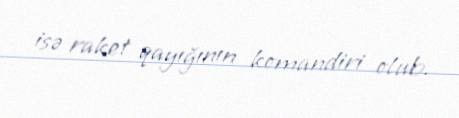
isə raket qayığının komandiri olub.